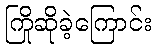
ကြိုဆိုခဲ့ကြောင်း